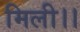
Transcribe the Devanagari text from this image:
मिली।।